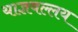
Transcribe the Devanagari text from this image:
याज्ञवल्लय